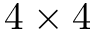
4 \times 4